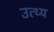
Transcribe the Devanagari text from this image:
उत्थ्य